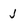
Character: j